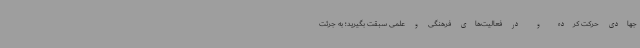
جهادی حرکت کرده و در فعالیت‌های فرهنگی و علمی سبقت بگیرید؛ به جرئت